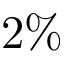
2 \%